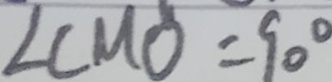
\angle C M O = 9 0 ^ { \circ }